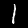
Digit: 1